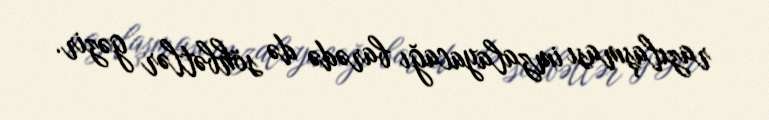
razılaşması imzalayacağı barədə də söhbətlər gəzir.